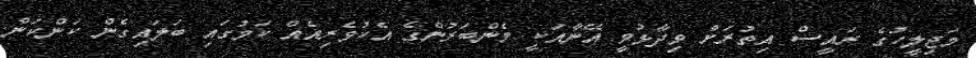
މަޖިލީހުގެ ރައީސް އިތުރަށް ވިދާޅުވީ އޭނާއަކީ މެންބަރުންގެ އެކުވެރިއެއް ކަމުގައި ބަލައިގެން ކަންކަން